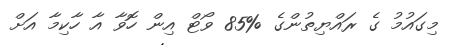
މިގައުމު ގެ ރައްޔިތުންގެ %85 ވޯޓް އިން ހޮވާ އާ ހާކިމާ އަށް